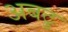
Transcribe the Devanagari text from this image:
अबटु